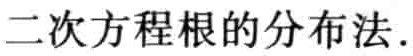
二次方程根的分布法.